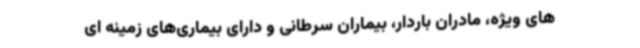
های ویژه، مادران باردار، بیماران سرطانی و دارای بیماری‌های زمینه ای